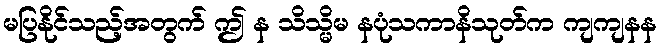
မပြနိုင်သည့်အတွက် ဤ န သိသ္မိမ နပုံသကာနိသုတ်က ကျကျနန